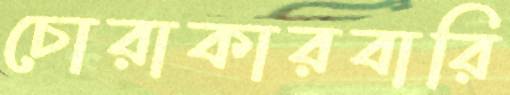
চোরাকারবারি